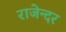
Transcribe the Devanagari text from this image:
राजेन्दर